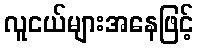
လူငယ်များအနေဖြင့်